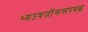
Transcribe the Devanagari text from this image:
भ्वउवजींससपबद्ध